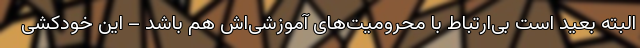
البته بعید است بی‌ارتباط با محرومیت‌های آموزشی‌اش هم باشد – این خودکشی